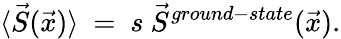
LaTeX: \langle\vec{S}(\vec{x})\rangle~=~s~\vec{S}^{ground-state}(\vec{x}).